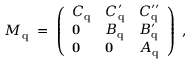
M _ { \mathrm { q } } \; = \; \left( \begin{array} { l l l } { { C _ { \mathrm { q } } } } & { { C _ { \mathrm { q } } ^ { \prime } } } & { { C _ { \mathrm { q } } ^ { \prime \prime } } } \\ { { { \bf 0 } } } & { { B _ { \mathrm { q } } } } & { { B _ { \mathrm { q } } ^ { \prime } } } \\ { { { \bf 0 } } } & { { { \bf 0 } } } & { { A _ { \mathrm { q } } } } \end{array} \right) \; ,